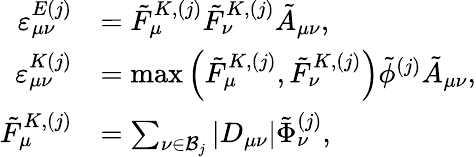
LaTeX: \begin{array}{rl}{\varepsilon_{\mu\nu}^{E(j)}}&{=\tilde{F}_{\mu}^{K,(j)}\tilde{F}_{\nu}^{K,(j)}\tilde{A}_{\mu\nu},}\\ {\varepsilon_{\mu\nu}^{K(j)}}&{=\operatorname*{max}\left(\tilde{F}_{\mu}^{K,(j)},\tilde{F}_{\nu}^{K,(j)}\right)\tilde{\phi}^{(j)}\tilde{A}_{\mu\nu},}\\ {\tilde{F}_{\mu}^{K,(j)}}&{=\sum_{\nu\in\mathcal{B}_{j}}\vert D_{\mu\nu}\vert\tilde{\Phi}_{\nu}^{(j)},}\end{array}